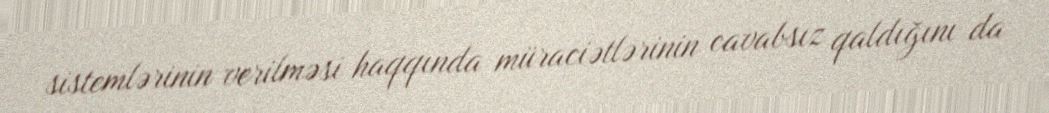
sistemlərinin verilməsi haqqında müraciətlərinin cavabsız qaldığını da